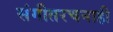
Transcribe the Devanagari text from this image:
संगीतरचनाही